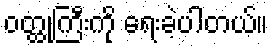
ဝတ္ထုကြီးကို ရေးခဲ့ပါတယ်။